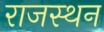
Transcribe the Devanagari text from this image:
राजस्थन